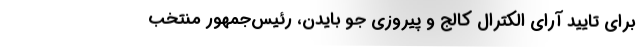
برای تایید آرای الکترال کالج و پیروزی جو بایدن، رئیس‌جمهور منتخب